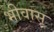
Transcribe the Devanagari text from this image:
भीवासू